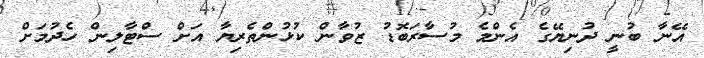
އޭނާ ބުނީ ދުނިޔޭގެ އެންމެ މުސާރަބޮޑު ޒުވާން ކުޅުންތެރިޔާ އަށް ސްޓާލިން ހެދުމަށް